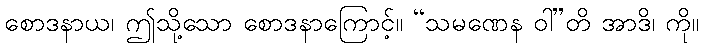
စောဒနာယ၊ ဤသို့သော စောဒနာကြောင့်။ “သမဏေန ဝါ”တိ အာဒိ၊ ကို။